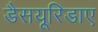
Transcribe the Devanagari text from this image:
डैसयूरिडाए